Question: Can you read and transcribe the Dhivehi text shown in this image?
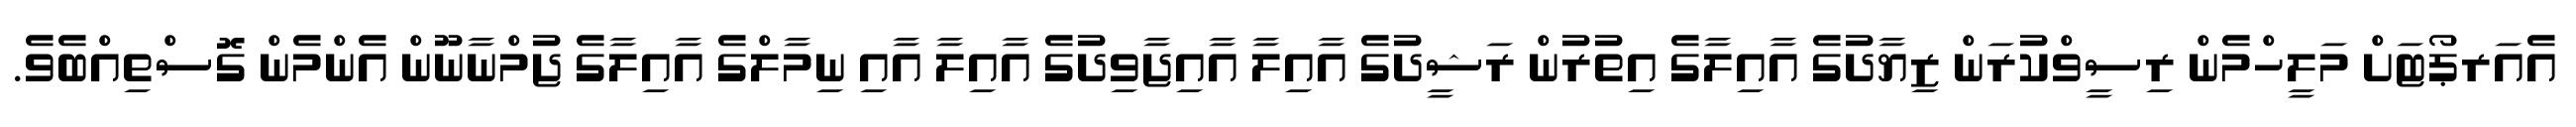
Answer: އެއަރޕޯޓަށް މަލީހްމެން ރިސީވްކުރަން ޒިޔާދުގެ އާއިލާގެ އިތުރުން ރަޝީދުގެ އާއިލާ އާއިޖާވިދުގެ އާއިލާ އާއި ނިމާލްގެ އާއިލާގެ ޖުމްނާނޫން އެންމެން ގޮސްތިއްބެވެ.